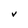
Character: V